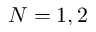
N = 1 , 2